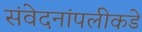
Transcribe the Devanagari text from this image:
संवेदनांपलीकडे